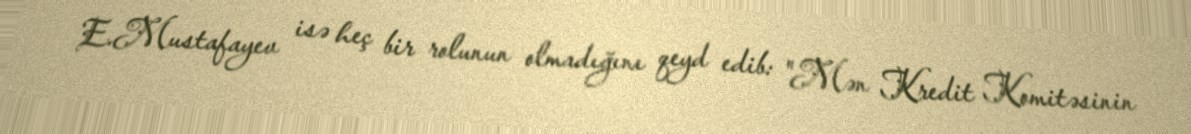
E.Mustafayev isə heç bir rolunun olmadığını qeyd edib: "Mən Kredit Komitəsinin